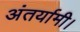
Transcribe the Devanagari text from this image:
अंतर्यामी।